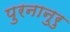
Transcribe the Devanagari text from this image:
पुरनानुरु